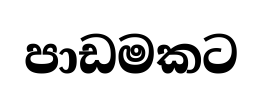
පාඩමකට